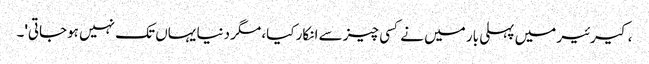
، کیرئیر میں پہلی بار میں نے کسی چیز سے انکار کیا، مگر دنیا یہاں تک نہیں ہوجاتی'۔